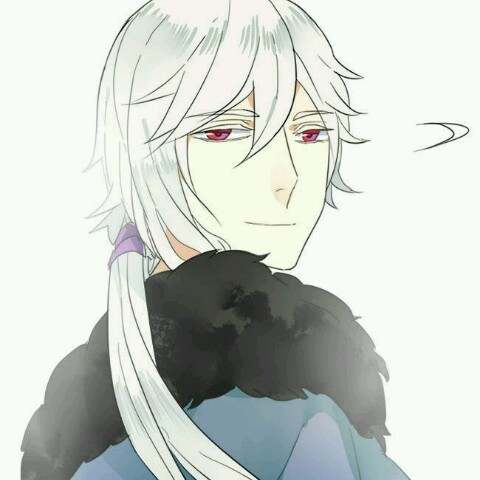
五更钟动笙歌散，十里月明灯火稀。